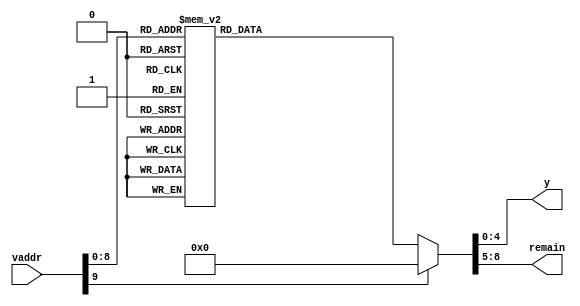
module process_vaddr (
    input [9:0]vaddr,
    output reg [4:0] y,
    output reg [3:0] remain
);
    
always @(vaddr) begin
case(vaddr) 
10'd1: begin
	y<=5'd0; remain<=4'd0;
end 10'd2: begin
	y<=5'd0; remain<=4'd1;
end 10'd3: begin
	y<=5'd0; remain<=4'd2;
end 10'd4: begin
	y<=5'd0; remain<=4'd3;
end 10'd5: begin
	y<=5'd0; remain<=4'd4;
end 10'd6: begin
	y<=5'd0; remain<=4'd5;
end 10'd7: begin
	y<=5'd0; remain<=4'd6;
end 10'd8: begin
	y<=5'd0; remain<=4'd7;
end 10'd9: begin
	y<=5'd0; remain<=4'd8;
end 10'd10: begin
	y<=5'd0; remain<=4'd9;
end 10'd11: begin
	y<=5'd0; remain<=4'd10;
end 10'd12: begin
	y<=5'd0; remain<=4'd11;
end 10'd13: begin
	y<=5'd0; remain<=4'd12;
end 10'd14: begin
	y<=5'd0; remain<=4'd13;
end 10'd15: begin
	y<=5'd0; remain<=4'd14;
end 10'd16: begin
	y<=5'd0; remain<=4'd15;
end 10'd17: begin
	y<=5'd1; remain<=4'd0;
end 10'd18: begin
	y<=5'd1; remain<=4'd1;
end 10'd19: begin
	y<=5'd1; remain<=4'd2;
end 10'd20: begin
	y<=5'd1; remain<=4'd3;
end 10'd21: begin
	y<=5'd1; remain<=4'd4;
end 10'd22: begin
	y<=5'd1; remain<=4'd5;
end 10'd23: begin
	y<=5'd1; remain<=4'd6;
end 10'd24: begin
	y<=5'd1; remain<=4'd7;
end 10'd25: begin
	y<=5'd1; remain<=4'd8;
end 10'd26: begin
	y<=5'd1; remain<=4'd9;
end 10'd27: begin
	y<=5'd1; remain<=4'd10;
end 10'd28: begin
	y<=5'd1; remain<=4'd11;
end 10'd29: begin
	y<=5'd1; remain<=4'd12;
end 10'd30: begin
	y<=5'd1; remain<=4'd13;
end 10'd31: begin
	y<=5'd1; remain<=4'd14;
end 10'd32: begin
	y<=5'd1; remain<=4'd15;
end 10'd33: begin
	y<=5'd2; remain<=4'd0;
end 10'd34: begin
	y<=5'd2; remain<=4'd1;
end 10'd35: begin
	y<=5'd2; remain<=4'd2;
end 10'd36: begin
	y<=5'd2; remain<=4'd3;
end 10'd37: begin
	y<=5'd2; remain<=4'd4;
end 10'd38: begin
	y<=5'd2; remain<=4'd5;
end 10'd39: begin
	y<=5'd2; remain<=4'd6;
end 10'd40: begin
	y<=5'd2; remain<=4'd7;
end 10'd41: begin
	y<=5'd2; remain<=4'd8;
end 10'd42: begin
	y<=5'd2; remain<=4'd9;
end 10'd43: begin
	y<=5'd2; remain<=4'd10;
end 10'd44: begin
	y<=5'd2; remain<=4'd11;
end 10'd45: begin
	y<=5'd2; remain<=4'd12;
end 10'd46: begin
	y<=5'd2; remain<=4'd13;
end 10'd47: begin
	y<=5'd2; remain<=4'd14;
end 10'd48: begin
	y<=5'd2; remain<=4'd15;
end 10'd49: begin
	y<=5'd3; remain<=4'd0;
end 10'd50: begin
	y<=5'd3; remain<=4'd1;
end 10'd51: begin
	y<=5'd3; remain<=4'd2;
end 10'd52: begin
	y<=5'd3; remain<=4'd3;
end 10'd53: begin
	y<=5'd3; remain<=4'd4;
end 10'd54: begin
	y<=5'd3; remain<=4'd5;
end 10'd55: begin
	y<=5'd3; remain<=4'd6;
end 10'd56: begin
	y<=5'd3; remain<=4'd7;
end 10'd57: begin
	y<=5'd3; remain<=4'd8;
end 10'd58: begin
	y<=5'd3; remain<=4'd9;
end 10'd59: begin
	y<=5'd3; remain<=4'd10;
end 10'd60: begin
	y<=5'd3; remain<=4'd11;
end 10'd61: begin
	y<=5'd3; remain<=4'd12;
end 10'd62: begin
	y<=5'd3; remain<=4'd13;
end 10'd63: begin
	y<=5'd3; remain<=4'd14;
end 10'd64: begin
	y<=5'd3; remain<=4'd15;
end 10'd65: begin
	y<=5'd4; remain<=4'd0;
end 10'd66: begin
	y<=5'd4; remain<=4'd1;
end 10'd67: begin
	y<=5'd4; remain<=4'd2;
end 10'd68: begin
	y<=5'd4; remain<=4'd3;
end 10'd69: begin
	y<=5'd4; remain<=4'd4;
end 10'd70: begin
	y<=5'd4; remain<=4'd5;
end 10'd71: begin
	y<=5'd4; remain<=4'd6;
end 10'd72: begin
	y<=5'd4; remain<=4'd7;
end 10'd73: begin
	y<=5'd4; remain<=4'd8;
end 10'd74: begin
	y<=5'd4; remain<=4'd9;
end 10'd75: begin
	y<=5'd4; remain<=4'd10;
end 10'd76: begin
	y<=5'd4; remain<=4'd11;
end 10'd77: begin
	y<=5'd4; remain<=4'd12;
end 10'd78: begin
	y<=5'd4; remain<=4'd13;
end 10'd79: begin
	y<=5'd4; remain<=4'd14;
end 10'd80: begin
	y<=5'd4; remain<=4'd15;
end 10'd81: begin
	y<=5'd5; remain<=4'd0;
end 10'd82: begin
	y<=5'd5; remain<=4'd1;
end 10'd83: begin
	y<=5'd5; remain<=4'd2;
end 10'd84: begin
	y<=5'd5; remain<=4'd3;
end 10'd85: begin
	y<=5'd5; remain<=4'd4;
end 10'd86: begin
	y<=5'd5; remain<=4'd5;
end 10'd87: begin
	y<=5'd5; remain<=4'd6;
end 10'd88: begin
	y<=5'd5; remain<=4'd7;
end 10'd89: begin
	y<=5'd5; remain<=4'd8;
end 10'd90: begin
	y<=5'd5; remain<=4'd9;
end 10'd91: begin
	y<=5'd5; remain<=4'd10;
end 10'd92: begin
	y<=5'd5; remain<=4'd11;
end 10'd93: begin
	y<=5'd5; remain<=4'd12;
end 10'd94: begin
	y<=5'd5; remain<=4'd13;
end 10'd95: begin
	y<=5'd5; remain<=4'd14;
end 10'd96: begin
	y<=5'd5; remain<=4'd15;
end 10'd97: begin
	y<=5'd6; remain<=4'd0;
end 10'd98: begin
	y<=5'd6; remain<=4'd1;
end 10'd99: begin
	y<=5'd6; remain<=4'd2;
end 10'd100: begin
	y<=5'd6; remain<=4'd3;
end 10'd101: begin
	y<=5'd6; remain<=4'd4;
end 10'd102: begin
	y<=5'd6; remain<=4'd5;
end 10'd103: begin
	y<=5'd6; remain<=4'd6;
end 10'd104: begin
	y<=5'd6; remain<=4'd7;
end 10'd105: begin
	y<=5'd6; remain<=4'd8;
end 10'd106: begin
	y<=5'd6; remain<=4'd9;
end 10'd107: begin
	y<=5'd6; remain<=4'd10;
end 10'd108: begin
	y<=5'd6; remain<=4'd11;
end 10'd109: begin
	y<=5'd6; remain<=4'd12;
end 10'd110: begin
	y<=5'd6; remain<=4'd13;
end 10'd111: begin
	y<=5'd6; remain<=4'd14;
end 10'd112: begin
	y<=5'd6; remain<=4'd15;
end 10'd113: begin
	y<=5'd7; remain<=4'd0;
end 10'd114: begin
	y<=5'd7; remain<=4'd1;
end 10'd115: begin
	y<=5'd7; remain<=4'd2;
end 10'd116: begin
	y<=5'd7; remain<=4'd3;
end 10'd117: begin
	y<=5'd7; remain<=4'd4;
end 10'd118: begin
	y<=5'd7; remain<=4'd5;
end 10'd119: begin
	y<=5'd7; remain<=4'd6;
end 10'd120: begin
	y<=5'd7; remain<=4'd7;
end 10'd121: begin
	y<=5'd7; remain<=4'd8;
end 10'd122: begin
	y<=5'd7; remain<=4'd9;
end 10'd123: begin
	y<=5'd7; remain<=4'd10;
end 10'd124: begin
	y<=5'd7; remain<=4'd11;
end 10'd125: begin
	y<=5'd7; remain<=4'd12;
end 10'd126: begin
	y<=5'd7; remain<=4'd13;
end 10'd127: begin
	y<=5'd7; remain<=4'd14;
end 10'd128: begin
	y<=5'd7; remain<=4'd15;
end 10'd129: begin
	y<=5'd8; remain<=4'd0;
end 10'd130: begin
	y<=5'd8; remain<=4'd1;
end 10'd131: begin
	y<=5'd8; remain<=4'd2;
end 10'd132: begin
	y<=5'd8; remain<=4'd3;
end 10'd133: begin
	y<=5'd8; remain<=4'd4;
end 10'd134: begin
	y<=5'd8; remain<=4'd5;
end 10'd135: begin
	y<=5'd8; remain<=4'd6;
end 10'd136: begin
	y<=5'd8; remain<=4'd7;
end 10'd137: begin
	y<=5'd8; remain<=4'd8;
end 10'd138: begin
	y<=5'd8; remain<=4'd9;
end 10'd139: begin
	y<=5'd8; remain<=4'd10;
end 10'd140: begin
	y<=5'd8; remain<=4'd11;
end 10'd141: begin
	y<=5'd8; remain<=4'd12;
end 10'd142: begin
	y<=5'd8; remain<=4'd13;
end 10'd143: begin
	y<=5'd8; remain<=4'd14;
end 10'd144: begin
	y<=5'd8; remain<=4'd15;
end 10'd145: begin
	y<=5'd9; remain<=4'd0;
end 10'd146: begin
	y<=5'd9; remain<=4'd1;
end 10'd147: begin
	y<=5'd9; remain<=4'd2;
end 10'd148: begin
	y<=5'd9; remain<=4'd3;
end 10'd149: begin
	y<=5'd9; remain<=4'd4;
end 10'd150: begin
	y<=5'd9; remain<=4'd5;
end 10'd151: begin
	y<=5'd9; remain<=4'd6;
end 10'd152: begin
	y<=5'd9; remain<=4'd7;
end 10'd153: begin
	y<=5'd9; remain<=4'd8;
end 10'd154: begin
	y<=5'd9; remain<=4'd9;
end 10'd155: begin
	y<=5'd9; remain<=4'd10;
end 10'd156: begin
	y<=5'd9; remain<=4'd11;
end 10'd157: begin
	y<=5'd9; remain<=4'd12;
end 10'd158: begin
	y<=5'd9; remain<=4'd13;
end 10'd159: begin
	y<=5'd9; remain<=4'd14;
end 10'd160: begin
	y<=5'd9; remain<=4'd15;
end 10'd161: begin
	y<=5'd10; remain<=4'd0;
end 10'd162: begin
	y<=5'd10; remain<=4'd1;
end 10'd163: begin
	y<=5'd10; remain<=4'd2;
end 10'd164: begin
	y<=5'd10; remain<=4'd3;
end 10'd165: begin
	y<=5'd10; remain<=4'd4;
end 10'd166: begin
	y<=5'd10; remain<=4'd5;
end 10'd167: begin
	y<=5'd10; remain<=4'd6;
end 10'd168: begin
	y<=5'd10; remain<=4'd7;
end 10'd169: begin
	y<=5'd10; remain<=4'd8;
end 10'd170: begin
	y<=5'd10; remain<=4'd9;
end 10'd171: begin
	y<=5'd10; remain<=4'd10;
end 10'd172: begin
	y<=5'd10; remain<=4'd11;
end 10'd173: begin
	y<=5'd10; remain<=4'd12;
end 10'd174: begin
	y<=5'd10; remain<=4'd13;
end 10'd175: begin
	y<=5'd10; remain<=4'd14;
end 10'd176: begin
	y<=5'd10; remain<=4'd15;
end 10'd177: begin
	y<=5'd11; remain<=4'd0;
end 10'd178: begin
	y<=5'd11; remain<=4'd1;
end 10'd179: begin
	y<=5'd11; remain<=4'd2;
end 10'd180: begin
	y<=5'd11; remain<=4'd3;
end 10'd181: begin
	y<=5'd11; remain<=4'd4;
end 10'd182: begin
	y<=5'd11; remain<=4'd5;
end 10'd183: begin
	y<=5'd11; remain<=4'd6;
end 10'd184: begin
	y<=5'd11; remain<=4'd7;
end 10'd185: begin
	y<=5'd11; remain<=4'd8;
end 10'd186: begin
	y<=5'd11; remain<=4'd9;
end 10'd187: begin
	y<=5'd11; remain<=4'd10;
end 10'd188: begin
	y<=5'd11; remain<=4'd11;
end 10'd189: begin
	y<=5'd11; remain<=4'd12;
end 10'd190: begin
	y<=5'd11; remain<=4'd13;
end 10'd191: begin
	y<=5'd11; remain<=4'd14;
end 10'd192: begin
	y<=5'd11; remain<=4'd15;
end 10'd193: begin
	y<=5'd12; remain<=4'd0;
end 10'd194: begin
	y<=5'd12; remain<=4'd1;
end 10'd195: begin
	y<=5'd12; remain<=4'd2;
end 10'd196: begin
	y<=5'd12; remain<=4'd3;
end 10'd197: begin
	y<=5'd12; remain<=4'd4;
end 10'd198: begin
	y<=5'd12; remain<=4'd5;
end 10'd199: begin
	y<=5'd12; remain<=4'd6;
end 10'd200: begin
	y<=5'd12; remain<=4'd7;
end 10'd201: begin
	y<=5'd12; remain<=4'd8;
end 10'd202: begin
	y<=5'd12; remain<=4'd9;
end 10'd203: begin
	y<=5'd12; remain<=4'd10;
end 10'd204: begin
	y<=5'd12; remain<=4'd11;
end 10'd205: begin
	y<=5'd12; remain<=4'd12;
end 10'd206: begin
	y<=5'd12; remain<=4'd13;
end 10'd207: begin
	y<=5'd12; remain<=4'd14;
end 10'd208: begin
	y<=5'd12; remain<=4'd15;
end 10'd209: begin
	y<=5'd13; remain<=4'd0;
end 10'd210: begin
	y<=5'd13; remain<=4'd1;
end 10'd211: begin
	y<=5'd13; remain<=4'd2;
end 10'd212: begin
	y<=5'd13; remain<=4'd3;
end 10'd213: begin
	y<=5'd13; remain<=4'd4;
end 10'd214: begin
	y<=5'd13; remain<=4'd5;
end 10'd215: begin
	y<=5'd13; remain<=4'd6;
end 10'd216: begin
	y<=5'd13; remain<=4'd7;
end 10'd217: begin
	y<=5'd13; remain<=4'd8;
end 10'd218: begin
	y<=5'd13; remain<=4'd9;
end 10'd219: begin
	y<=5'd13; remain<=4'd10;
end 10'd220: begin
	y<=5'd13; remain<=4'd11;
end 10'd221: begin
	y<=5'd13; remain<=4'd12;
end 10'd222: begin
	y<=5'd13; remain<=4'd13;
end 10'd223: begin
	y<=5'd13; remain<=4'd14;
end 10'd224: begin
	y<=5'd13; remain<=4'd15;
end 10'd225: begin
	y<=5'd14; remain<=4'd0;
end 10'd226: begin
	y<=5'd14; remain<=4'd1;
end 10'd227: begin
	y<=5'd14; remain<=4'd2;
end 10'd228: begin
	y<=5'd14; remain<=4'd3;
end 10'd229: begin
	y<=5'd14; remain<=4'd4;
end 10'd230: begin
	y<=5'd14; remain<=4'd5;
end 10'd231: begin
	y<=5'd14; remain<=4'd6;
end 10'd232: begin
	y<=5'd14; remain<=4'd7;
end 10'd233: begin
	y<=5'd14; remain<=4'd8;
end 10'd234: begin
	y<=5'd14; remain<=4'd9;
end 10'd235: begin
	y<=5'd14; remain<=4'd10;
end 10'd236: begin
	y<=5'd14; remain<=4'd11;
end 10'd237: begin
	y<=5'd14; remain<=4'd12;
end 10'd238: begin
	y<=5'd14; remain<=4'd13;
end 10'd239: begin
	y<=5'd14; remain<=4'd14;
end 10'd240: begin
	y<=5'd14; remain<=4'd15;
end 10'd241: begin
	y<=5'd15; remain<=4'd0;
end 10'd242: begin
	y<=5'd15; remain<=4'd1;
end 10'd243: begin
	y<=5'd15; remain<=4'd2;
end 10'd244: begin
	y<=5'd15; remain<=4'd3;
end 10'd245: begin
	y<=5'd15; remain<=4'd4;
end 10'd246: begin
	y<=5'd15; remain<=4'd5;
end 10'd247: begin
	y<=5'd15; remain<=4'd6;
end 10'd248: begin
	y<=5'd15; remain<=4'd7;
end 10'd249: begin
	y<=5'd15; remain<=4'd8;
end 10'd250: begin
	y<=5'd15; remain<=4'd9;
end 10'd251: begin
	y<=5'd15; remain<=4'd10;
end 10'd252: begin
	y<=5'd15; remain<=4'd11;
end 10'd253: begin
	y<=5'd15; remain<=4'd12;
end 10'd254: begin
	y<=5'd15; remain<=4'd13;
end 10'd255: begin
	y<=5'd15; remain<=4'd14;
end 10'd256: begin
	y<=5'd15; remain<=4'd15;
end 10'd257: begin
	y<=5'd16; remain<=4'd0;
end 10'd258: begin
	y<=5'd16; remain<=4'd1;
end 10'd259: begin
	y<=5'd16; remain<=4'd2;
end 10'd260: begin
	y<=5'd16; remain<=4'd3;
end 10'd261: begin
	y<=5'd16; remain<=4'd4;
end 10'd262: begin
	y<=5'd16; remain<=4'd5;
end 10'd263: begin
	y<=5'd16; remain<=4'd6;
end 10'd264: begin
	y<=5'd16; remain<=4'd7;
end 10'd265: begin
	y<=5'd16; remain<=4'd8;
end 10'd266: begin
	y<=5'd16; remain<=4'd9;
end 10'd267: begin
	y<=5'd16; remain<=4'd10;
end 10'd268: begin
	y<=5'd16; remain<=4'd11;
end 10'd269: begin
	y<=5'd16; remain<=4'd12;
end 10'd270: begin
	y<=5'd16; remain<=4'd13;
end 10'd271: begin
	y<=5'd16; remain<=4'd14;
end 10'd272: begin
	y<=5'd16; remain<=4'd15;
end 10'd273: begin
	y<=5'd17; remain<=4'd0;
end 10'd274: begin
	y<=5'd17; remain<=4'd1;
end 10'd275: begin
	y<=5'd17; remain<=4'd2;
end 10'd276: begin
	y<=5'd17; remain<=4'd3;
end 10'd277: begin
	y<=5'd17; remain<=4'd4;
end 10'd278: begin
	y<=5'd17; remain<=4'd5;
end 10'd279: begin
	y<=5'd17; remain<=4'd6;
end 10'd280: begin
	y<=5'd17; remain<=4'd7;
end 10'd281: begin
	y<=5'd17; remain<=4'd8;
end 10'd282: begin
	y<=5'd17; remain<=4'd9;
end 10'd283: begin
	y<=5'd17; remain<=4'd10;
end 10'd284: begin
	y<=5'd17; remain<=4'd11;
end 10'd285: begin
	y<=5'd17; remain<=4'd12;
end 10'd286: begin
	y<=5'd17; remain<=4'd13;
end 10'd287: begin
	y<=5'd17; remain<=4'd14;
end 10'd288: begin
	y<=5'd17; remain<=4'd15;
end 10'd289: begin
	y<=5'd18; remain<=4'd0;
end 10'd290: begin
	y<=5'd18; remain<=4'd1;
end 10'd291: begin
	y<=5'd18; remain<=4'd2;
end 10'd292: begin
	y<=5'd18; remain<=4'd3;
end 10'd293: begin
	y<=5'd18; remain<=4'd4;
end 10'd294: begin
	y<=5'd18; remain<=4'd5;
end 10'd295: begin
	y<=5'd18; remain<=4'd6;
end 10'd296: begin
	y<=5'd18; remain<=4'd7;
end 10'd297: begin
	y<=5'd18; remain<=4'd8;
end 10'd298: begin
	y<=5'd18; remain<=4'd9;
end 10'd299: begin
	y<=5'd18; remain<=4'd10;
end 10'd300: begin
	y<=5'd18; remain<=4'd11;
end 10'd301: begin
	y<=5'd18; remain<=4'd12;
end 10'd302: begin
	y<=5'd18; remain<=4'd13;
end 10'd303: begin
	y<=5'd18; remain<=4'd14;
end 10'd304: begin
	y<=5'd18; remain<=4'd15;
end 10'd305: begin
	y<=5'd19; remain<=4'd0;
end 10'd306: begin
	y<=5'd19; remain<=4'd1;
end 10'd307: begin
	y<=5'd19; remain<=4'd2;
end 10'd308: begin
	y<=5'd19; remain<=4'd3;
end 10'd309: begin
	y<=5'd19; remain<=4'd4;
end 10'd310: begin
	y<=5'd19; remain<=4'd5;
end 10'd311: begin
	y<=5'd19; remain<=4'd6;
end 10'd312: begin
	y<=5'd19; remain<=4'd7;
end 10'd313: begin
	y<=5'd19; remain<=4'd8;
end 10'd314: begin
	y<=5'd19; remain<=4'd9;
end 10'd315: begin
	y<=5'd19; remain<=4'd10;
end 10'd316: begin
	y<=5'd19; remain<=4'd11;
end 10'd317: begin
	y<=5'd19; remain<=4'd12;
end 10'd318: begin
	y<=5'd19; remain<=4'd13;
end 10'd319: begin
	y<=5'd19; remain<=4'd14;
end 10'd320: begin
	y<=5'd19; remain<=4'd15;
end 10'd321: begin
	y<=5'd20; remain<=4'd0;
end 10'd322: begin
	y<=5'd20; remain<=4'd1;
end 10'd323: begin
	y<=5'd20; remain<=4'd2;
end 10'd324: begin
	y<=5'd20; remain<=4'd3;
end 10'd325: begin
	y<=5'd20; remain<=4'd4;
end 10'd326: begin
	y<=5'd20; remain<=4'd5;
end 10'd327: begin
	y<=5'd20; remain<=4'd6;
end 10'd328: begin
	y<=5'd20; remain<=4'd7;
end 10'd329: begin
	y<=5'd20; remain<=4'd8;
end 10'd330: begin
	y<=5'd20; remain<=4'd9;
end 10'd331: begin
	y<=5'd20; remain<=4'd10;
end 10'd332: begin
	y<=5'd20; remain<=4'd11;
end 10'd333: begin
	y<=5'd20; remain<=4'd12;
end 10'd334: begin
	y<=5'd20; remain<=4'd13;
end 10'd335: begin
	y<=5'd20; remain<=4'd14;
end 10'd336: begin
	y<=5'd20; remain<=4'd15;
end 10'd337: begin
	y<=5'd21; remain<=4'd0;
end 10'd338: begin
	y<=5'd21; remain<=4'd1;
end 10'd339: begin
	y<=5'd21; remain<=4'd2;
end 10'd340: begin
	y<=5'd21; remain<=4'd3;
end 10'd341: begin
	y<=5'd21; remain<=4'd4;
end 10'd342: begin
	y<=5'd21; remain<=4'd5;
end 10'd343: begin
	y<=5'd21; remain<=4'd6;
end 10'd344: begin
	y<=5'd21; remain<=4'd7;
end 10'd345: begin
	y<=5'd21; remain<=4'd8;
end 10'd346: begin
	y<=5'd21; remain<=4'd9;
end 10'd347: begin
	y<=5'd21; remain<=4'd10;
end 10'd348: begin
	y<=5'd21; remain<=4'd11;
end 10'd349: begin
	y<=5'd21; remain<=4'd12;
end 10'd350: begin
	y<=5'd21; remain<=4'd13;
end 10'd351: begin
	y<=5'd21; remain<=4'd14;
end 10'd352: begin
	y<=5'd21; remain<=4'd15;
end 10'd353: begin
	y<=5'd22; remain<=4'd0;
end 10'd354: begin
	y<=5'd22; remain<=4'd1;
end 10'd355: begin
	y<=5'd22; remain<=4'd2;
end 10'd356: begin
	y<=5'd22; remain<=4'd3;
end 10'd357: begin
	y<=5'd22; remain<=4'd4;
end 10'd358: begin
	y<=5'd22; remain<=4'd5;
end 10'd359: begin
	y<=5'd22; remain<=4'd6;
end 10'd360: begin
	y<=5'd22; remain<=4'd7;
end 10'd361: begin
	y<=5'd22; remain<=4'd8;
end 10'd362: begin
	y<=5'd22; remain<=4'd9;
end 10'd363: begin
	y<=5'd22; remain<=4'd10;
end 10'd364: begin
	y<=5'd22; remain<=4'd11;
end 10'd365: begin
	y<=5'd22; remain<=4'd12;
end 10'd366: begin
	y<=5'd22; remain<=4'd13;
end 10'd367: begin
	y<=5'd22; remain<=4'd14;
end 10'd368: begin
	y<=5'd22; remain<=4'd15;
end 10'd369: begin
	y<=5'd23; remain<=4'd0;
end 10'd370: begin
	y<=5'd23; remain<=4'd1;
end 10'd371: begin
	y<=5'd23; remain<=4'd2;
end 10'd372: begin
	y<=5'd23; remain<=4'd3;
end 10'd373: begin
	y<=5'd23; remain<=4'd4;
end 10'd374: begin
	y<=5'd23; remain<=4'd5;
end 10'd375: begin
	y<=5'd23; remain<=4'd6;
end 10'd376: begin
	y<=5'd23; remain<=4'd7;
end 10'd377: begin
	y<=5'd23; remain<=4'd8;
end 10'd378: begin
	y<=5'd23; remain<=4'd9;
end 10'd379: begin
	y<=5'd23; remain<=4'd10;
end 10'd380: begin
	y<=5'd23; remain<=4'd11;
end 10'd381: begin
	y<=5'd23; remain<=4'd12;
end 10'd382: begin
	y<=5'd23; remain<=4'd13;
end 10'd383: begin
	y<=5'd23; remain<=4'd14;
end 10'd384: begin
	y<=5'd23; remain<=4'd15;
end 10'd385: begin
	y<=5'd24; remain<=4'd0;
end 10'd386: begin
	y<=5'd24; remain<=4'd1;
end 10'd387: begin
	y<=5'd24; remain<=4'd2;
end 10'd388: begin
	y<=5'd24; remain<=4'd3;
end 10'd389: begin
	y<=5'd24; remain<=4'd4;
end 10'd390: begin
	y<=5'd24; remain<=4'd5;
end 10'd391: begin
	y<=5'd24; remain<=4'd6;
end 10'd392: begin
	y<=5'd24; remain<=4'd7;
end 10'd393: begin
	y<=5'd24; remain<=4'd8;
end 10'd394: begin
	y<=5'd24; remain<=4'd9;
end 10'd395: begin
	y<=5'd24; remain<=4'd10;
end 10'd396: begin
	y<=5'd24; remain<=4'd11;
end 10'd397: begin
	y<=5'd24; remain<=4'd12;
end 10'd398: begin
	y<=5'd24; remain<=4'd13;
end 10'd399: begin
	y<=5'd24; remain<=4'd14;
end 10'd400: begin
	y<=5'd24; remain<=4'd15;
end 10'd401: begin
	y<=5'd25; remain<=4'd0;
end 10'd402: begin
	y<=5'd25; remain<=4'd1;
end 10'd403: begin
	y<=5'd25; remain<=4'd2;
end 10'd404: begin
	y<=5'd25; remain<=4'd3;
end 10'd405: begin
	y<=5'd25; remain<=4'd4;
end 10'd406: begin
	y<=5'd25; remain<=4'd5;
end 10'd407: begin
	y<=5'd25; remain<=4'd6;
end 10'd408: begin
	y<=5'd25; remain<=4'd7;
end 10'd409: begin
	y<=5'd25; remain<=4'd8;
end 10'd410: begin
	y<=5'd25; remain<=4'd9;
end 10'd411: begin
	y<=5'd25; remain<=4'd10;
end 10'd412: begin
	y<=5'd25; remain<=4'd11;
end 10'd413: begin
	y<=5'd25; remain<=4'd12;
end 10'd414: begin
	y<=5'd25; remain<=4'd13;
end 10'd415: begin
	y<=5'd25; remain<=4'd14;
end 10'd416: begin
	y<=5'd25; remain<=4'd15;
end 10'd417: begin
	y<=5'd26; remain<=4'd0;
end 10'd418: begin
	y<=5'd26; remain<=4'd1;
end 10'd419: begin
	y<=5'd26; remain<=4'd2;
end 10'd420: begin
	y<=5'd26; remain<=4'd3;
end 10'd421: begin
	y<=5'd26; remain<=4'd4;
end 10'd422: begin
	y<=5'd26; remain<=4'd5;
end 10'd423: begin
	y<=5'd26; remain<=4'd6;
end 10'd424: begin
	y<=5'd26; remain<=4'd7;
end 10'd425: begin
	y<=5'd26; remain<=4'd8;
end 10'd426: begin
	y<=5'd26; remain<=4'd9;
end 10'd427: begin
	y<=5'd26; remain<=4'd10;
end 10'd428: begin
	y<=5'd26; remain<=4'd11;
end 10'd429: begin
	y<=5'd26; remain<=4'd12;
end 10'd430: begin
	y<=5'd26; remain<=4'd13;
end 10'd431: begin
	y<=5'd26; remain<=4'd14;
end 10'd432: begin
	y<=5'd26; remain<=4'd15;
end 10'd433: begin
	y<=5'd27; remain<=4'd0;
end 10'd434: begin
	y<=5'd27; remain<=4'd1;
end 10'd435: begin
	y<=5'd27; remain<=4'd2;
end 10'd436: begin
	y<=5'd27; remain<=4'd3;
end 10'd437: begin
	y<=5'd27; remain<=4'd4;
end 10'd438: begin
	y<=5'd27; remain<=4'd5;
end 10'd439: begin
	y<=5'd27; remain<=4'd6;
end 10'd440: begin
	y<=5'd27; remain<=4'd7;
end 10'd441: begin
	y<=5'd27; remain<=4'd8;
end 10'd442: begin
	y<=5'd27; remain<=4'd9;
end 10'd443: begin
	y<=5'd27; remain<=4'd10;
end 10'd444: begin
	y<=5'd27; remain<=4'd11;
end 10'd445: begin
	y<=5'd27; remain<=4'd12;
end 10'd446: begin
	y<=5'd27; remain<=4'd13;
end 10'd447: begin
	y<=5'd27; remain<=4'd14;
end 10'd448: begin
	y<=5'd27; remain<=4'd15;
end 10'd449: begin
	y<=5'd28; remain<=4'd0;
end 10'd450: begin
	y<=5'd28; remain<=4'd1;
end 10'd451: begin
	y<=5'd28; remain<=4'd2;
end 10'd452: begin
	y<=5'd28; remain<=4'd3;
end 10'd453: begin
	y<=5'd28; remain<=4'd4;
end 10'd454: begin
	y<=5'd28; remain<=4'd5;
end 10'd455: begin
	y<=5'd28; remain<=4'd6;
end 10'd456: begin
	y<=5'd28; remain<=4'd7;
end 10'd457: begin
	y<=5'd28; remain<=4'd8;
end 10'd458: begin
	y<=5'd28; remain<=4'd9;
end 10'd459: begin
	y<=5'd28; remain<=4'd10;
end 10'd460: begin
	y<=5'd28; remain<=4'd11;
end 10'd461: begin
	y<=5'd28; remain<=4'd12;
end 10'd462: begin
	y<=5'd28; remain<=4'd13;
end 10'd463: begin
	y<=5'd28; remain<=4'd14;
end 10'd464: begin
	y<=5'd28; remain<=4'd15;
end 10'd465: begin
	y<=5'd29; remain<=4'd0;
end 10'd466: begin
	y<=5'd29; remain<=4'd1;
end 10'd467: begin
	y<=5'd29; remain<=4'd2;
end 10'd468: begin
	y<=5'd29; remain<=4'd3;
end 10'd469: begin
	y<=5'd29; remain<=4'd4;
end 10'd470: begin
	y<=5'd29; remain<=4'd5;
end 10'd471: begin
	y<=5'd29; remain<=4'd6;
end 10'd472: begin
	y<=5'd29; remain<=4'd7;
end 10'd473: begin
	y<=5'd29; remain<=4'd8;
end 10'd474: begin
	y<=5'd29; remain<=4'd9;
end 10'd475: begin
	y<=5'd29; remain<=4'd10;
end 10'd476: begin
	y<=5'd29; remain<=4'd11;
end 10'd477: begin
	y<=5'd29; remain<=4'd12;
end 10'd478: begin
	y<=5'd29; remain<=4'd13;
end 10'd479: begin
	y<=5'd29; remain<=4'd14;
end 10'd480: begin
	y<=5'd29; remain<=4'd15;
end default: begin y<=5'd0; remain<=4'd0; end
endcase
end
endmodule